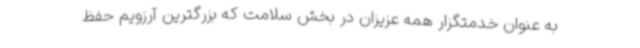
به عنوان خدمتگزار همه عزیزان در بخش سلامت که بزرگترین آرزویم حفظ